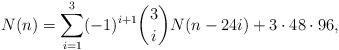
LaTeX: \begin{align*}N(n) = \sum_{i=1}^3 (-1)^{i+1} \binom{3}{i} N(n-24i) + 3 \cdot 48 \cdot 96, \end{align*}